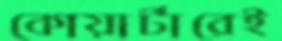
কোয়ার্টারেই